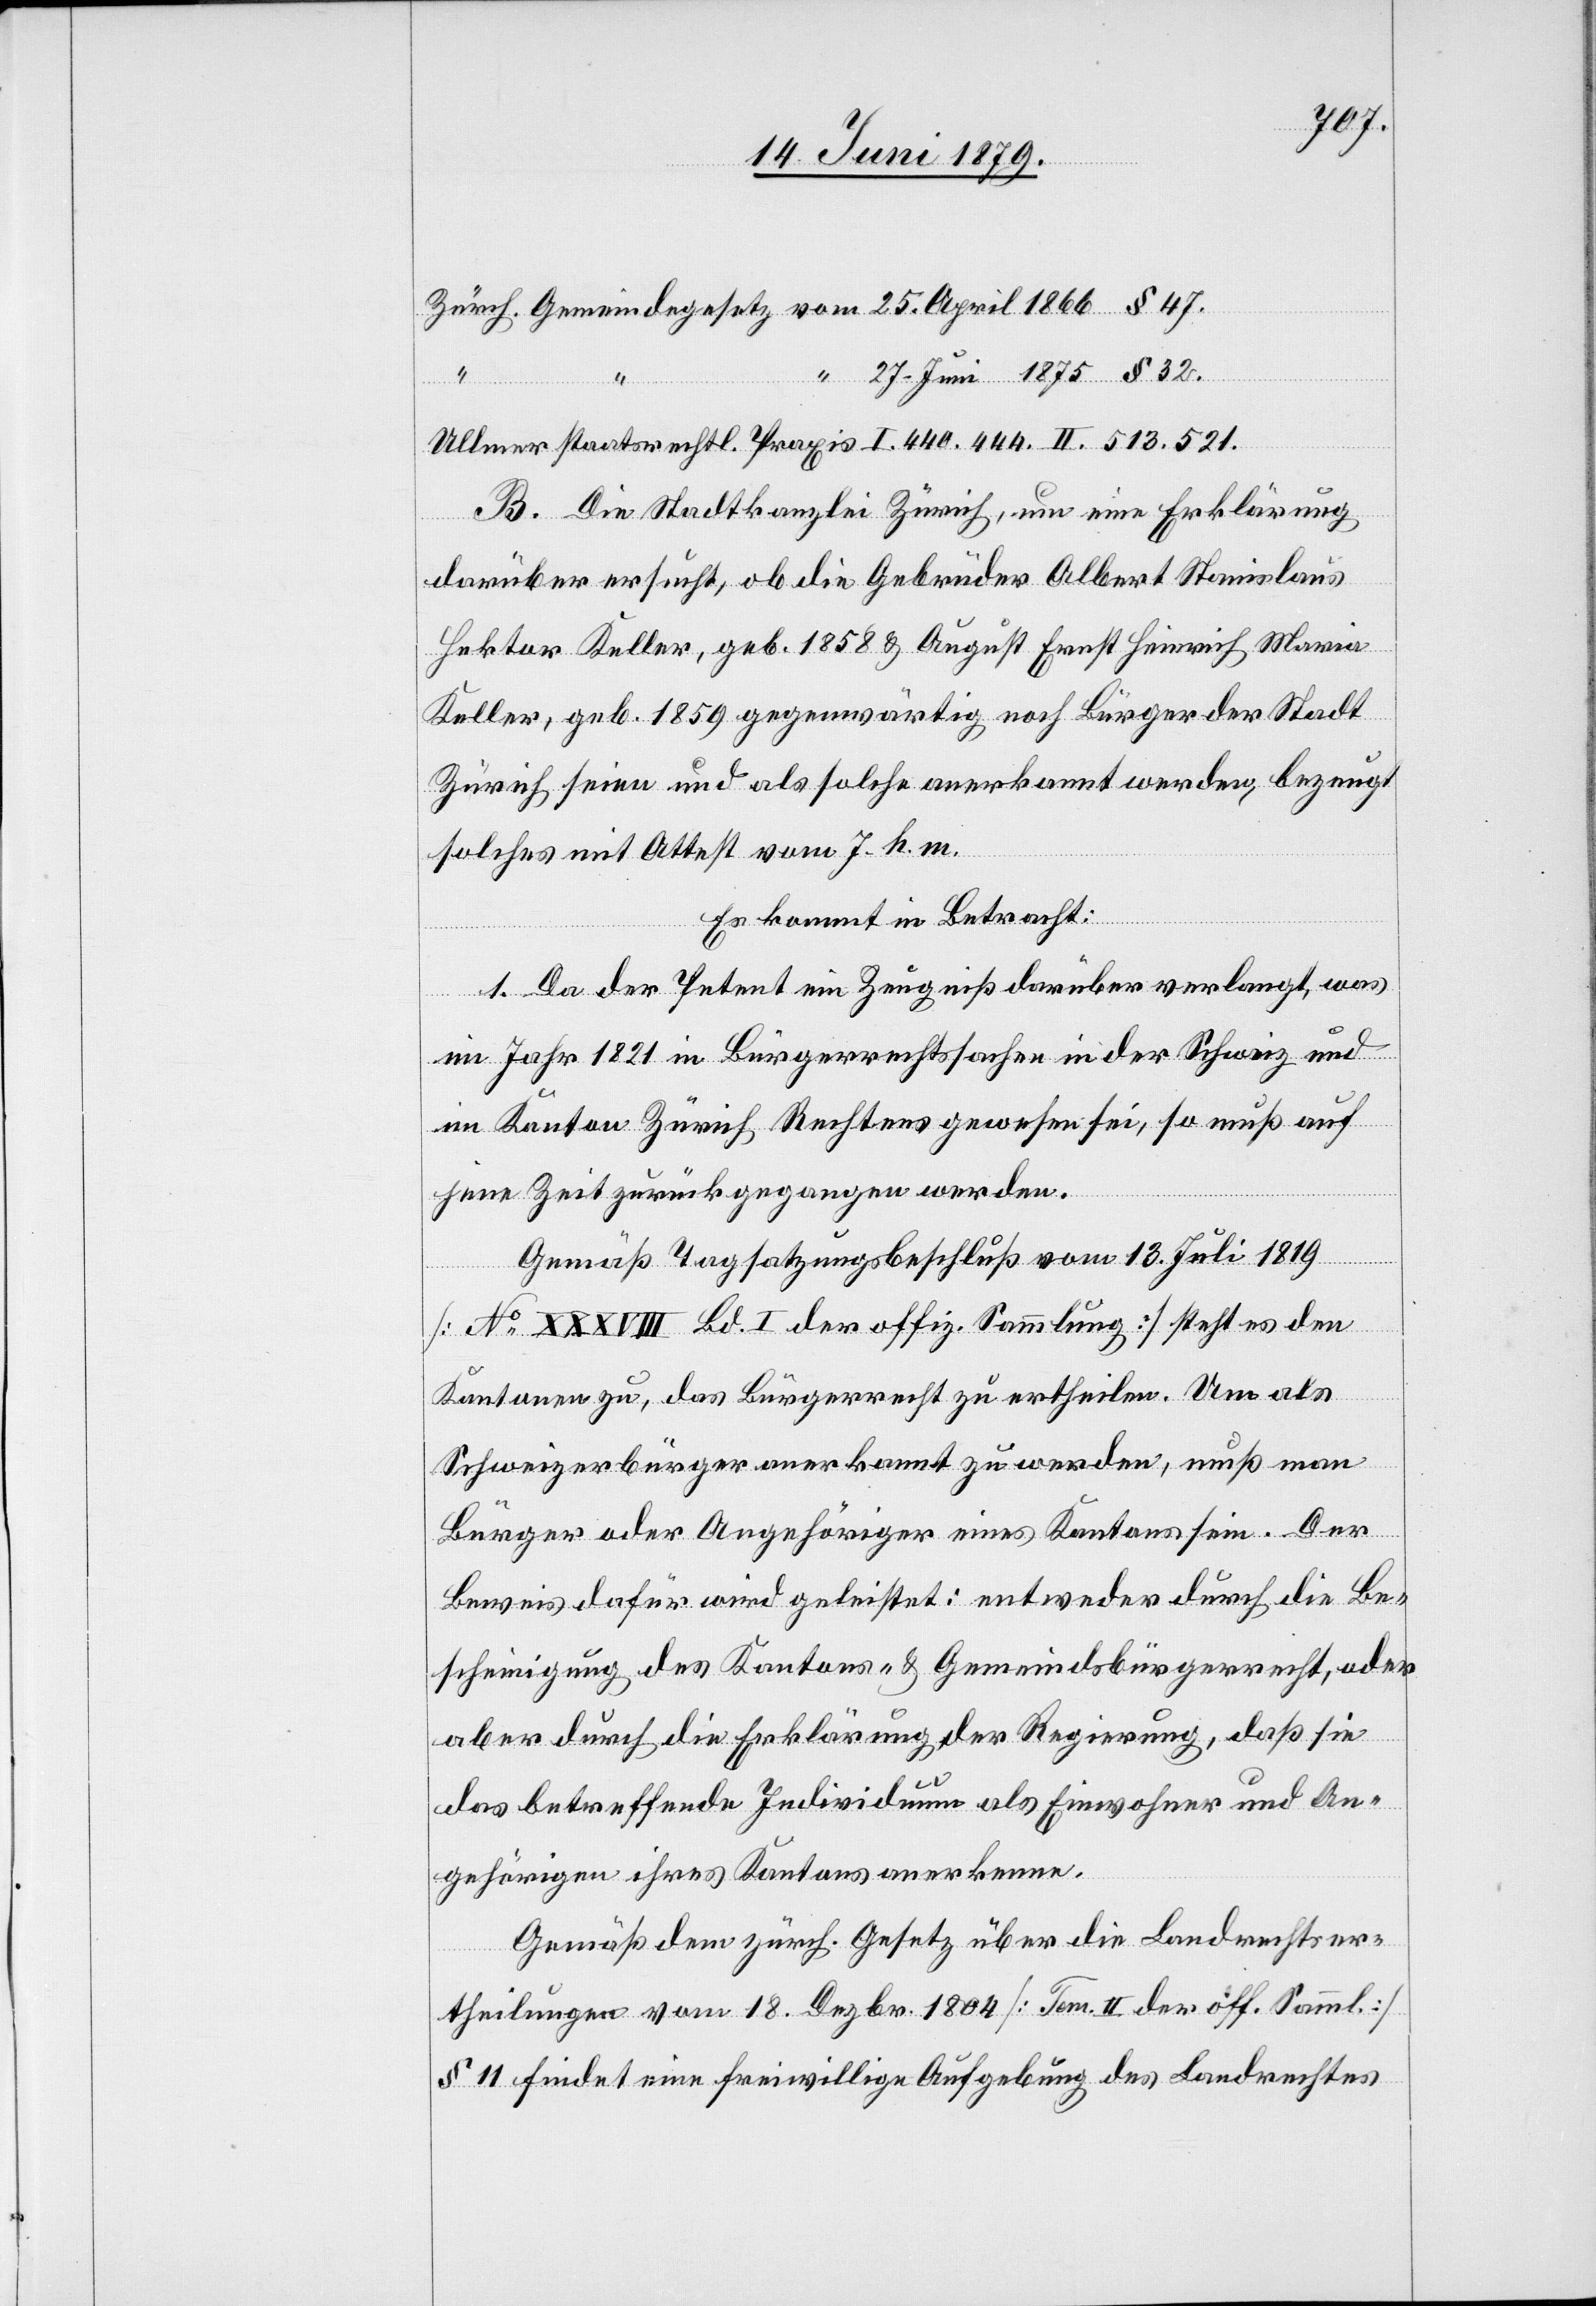
§ 47.
27. Juni 1875 § 32.
25.
B. Die Stadtkanzlei Zürich, um eine Erklärung
darüber ersucht, ob die Gebrüder Albert Stanislaus
Hektor Keller, geb. 1858 & August Ernst Heinrich Maria
Keller, geb. 1859 gegenwärtig noch Bürger der Stadt
Zürich seien und als solche anerkannt werden, bezeugt
solches mit Attest vom 7. h. m.
Es kommt in Betracht:
1. Da der Petent ein Zeugniß darüber verlangt, was
im Jahr 1821 in Bürgerrechtssachen in der Schweiz und
im Kanton Zürich Rechtens gewesen sei, so muß auf
jene Zeit zurückgegangen werden.
April
Gemäß Tagsatzungsbeschluß vom 13. Juli 1819
[No XXXVIII Bd. I der offiz. Sammlung] steht es den
Kantonen zu, das Bürgerrecht zu ertheilen. Um als
Schweizerbürger anerkannt zu werden, muß man
Bürger oder Angehöriger eines Kantons sein. Der
Beweis dafür wird geleistet: entweder durch die Be¬
scheinigung des Kantons- & Gemeindsbürgerrecht, oder
aber durch die Erklärung der Regierung, daß sie
das betreffende Individuum als Einwohner und An¬
gehörigen ihres Kantons anerkenne.
Gemäß dem zürch. Gesetz über die Landrechtser¬
theilungen vom 18. Dezbr. 1804 [Tom. II der off. Samml.]
§ 11 findet eine freiwillige Aufgebung des Landrechtes